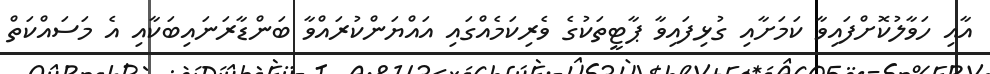
އާއި ހަވާލުކޮށްފައިވާ ކަމަށާއި ގުޅިފައިވާ ޕާޓީތަކުގެ ވެރިކަމެއްގައި އައްޔަންކުރައްވާ ބަންޑާރަނައިބަކާއި އެ މަސައްކަތް